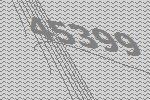
45399